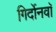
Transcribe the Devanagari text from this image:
गिर्दोनवाॅ